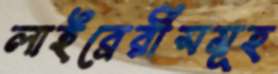
লাইব্রেরীসমূহ